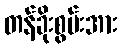
တန်ခိုးစွမ်းအား